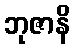
ဘုဇာနိ